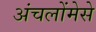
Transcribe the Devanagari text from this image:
अंचलोंमेसे